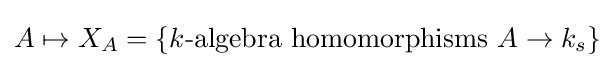
A\mapsto X_{A}=\{k{\text{-algebra homomorphisms }}A\to k_{s}\}